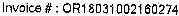
INVOICE # : OR18031002160274